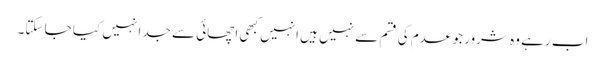
اب رہے وہ شرور جو عدم کی قسم سے نہیں ہیں انہیں کبھی اچھائی سے جدا نہیں کیا جا سکتا۔